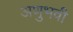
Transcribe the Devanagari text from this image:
अणुभवी